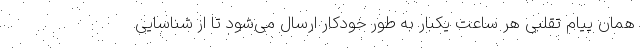
همان پیام تقلبی هر ساعت یکبار به طور خودکار ارسال می‌شود تا از شناسایی